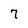
Character: 7